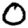
Digit: 0